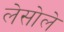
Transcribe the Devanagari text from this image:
लेसोले